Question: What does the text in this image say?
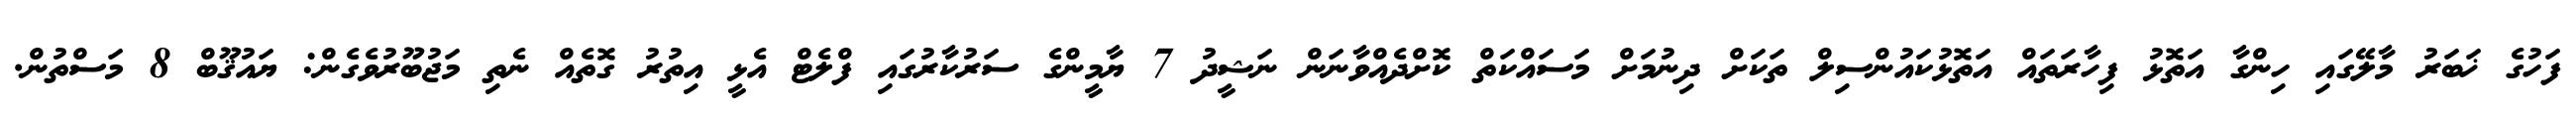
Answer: ފަހުގެ ޚަބަރު މާލޭގައި ހިންގާ އަތޮޅު ފިހާރަތައް އަތޮޅުކައުންސިލް ތަކަށް ދިނުމަށް މަސައްކަތް ކޮށްދެއްވާނަން ނަޝީދު 7 ޔާމީންގެ ސަރުކާރުގައި ފްލެޓް އެޅީ އިތުރު ގޮތެއް ނެތި މަޖުބޫރުވެގެން: ޔައުޤޫބް 8 މަސްތުން.